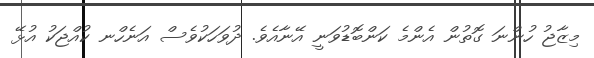
މިޒާޖު ހުންނަ ގޮތުން އެންމެ ކަންބޮޑުވަނީ އޭނާއެވެ. ދުވަހަކުވެސް އަނެހްނ ކުއްޖަކު އުޅޭ